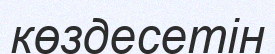
көздесетін